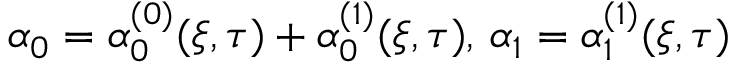
\alpha _ { 0 } = \alpha _ { 0 } ^ { ( 0 ) } ( \xi , \tau ) + \alpha _ { 0 } ^ { ( 1 ) } ( \xi , \tau ) , \, \alpha _ { 1 } = \alpha _ { 1 } ^ { ( 1 ) } ( \xi , \tau )